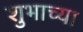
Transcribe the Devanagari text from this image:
शुभाच्या